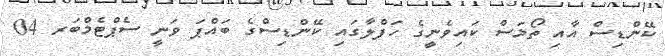
ކޭންޑިސް އާއި ތޯމަސް ކައިވެނީގެ ހަފްލާގައި ކޭންޑިސްގެ ބައްޕަ ވަނީ ސެޕްޓެމްބަރ 04